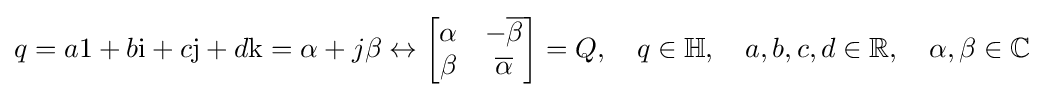
q=a\mathrm {1} +b\mathrm {i} +c\mathrm {j} +d\mathrm {k} =\alpha +j\beta \leftrightarrow {\begin{bmatrix}\alpha &-{\overline {\beta }}\\\beta &{\overline {\alpha }}\end{bmatrix}}=Q,\quad q\in \mathbb {H} ,\quad a,b,c,d\in \mathbb {R} ,\quad \alpha ,\beta \in \mathbb {C}